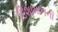
દિશામાનની